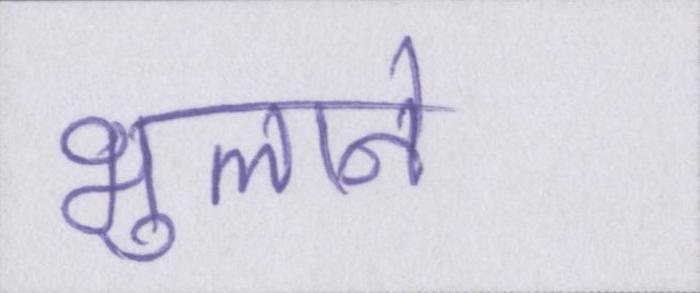
भुलाने